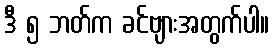
ဒီ ၅ ဘတ်က ခင်ဗျားအတွက်ပါ။